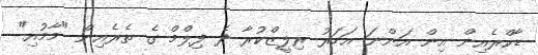
ޑާކްރެއިން އިން އަންނަ އަހަރު ރިލީޒްކުރާ ދެ ފިލްމް ގެ ތެރެއިން "މާމުއި"